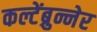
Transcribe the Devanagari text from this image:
कल्टेंब्रुन्नेर